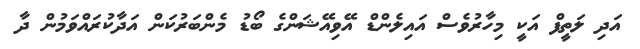
އަދި ލަތީފް އަކީ މިހާރުވެސް އައިލެންޑް އޭވިއޭޝަންގެ ބޯޑު މެންބަރުކަން އަދާކުރައްވަމުން ދާ